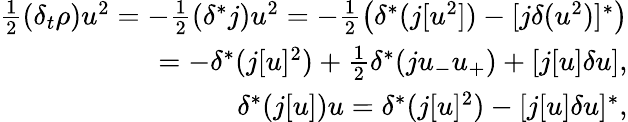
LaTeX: \begin{array}{r}{\frac 12(\delta_{t}\rho)u^{2}=-\frac 12(\delta^{*}j)u^{2}=-\frac 12\big(\delta^{*}(j[u^{2}])-[j\delta(u^{2})]^{*}\big)}\\ {=-\delta^{*}(j[u]^{2})+\frac 12\delta^{*}(ju_{-}u_{+})+[j[u]\delta u],}\\ {\delta^{*}(j[u])u=\delta^{*}(j[u]^{2})-[j[u]\delta u]^{*},}\end{array}